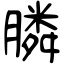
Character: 膦